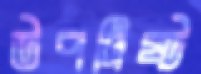
উপদিষ্ট